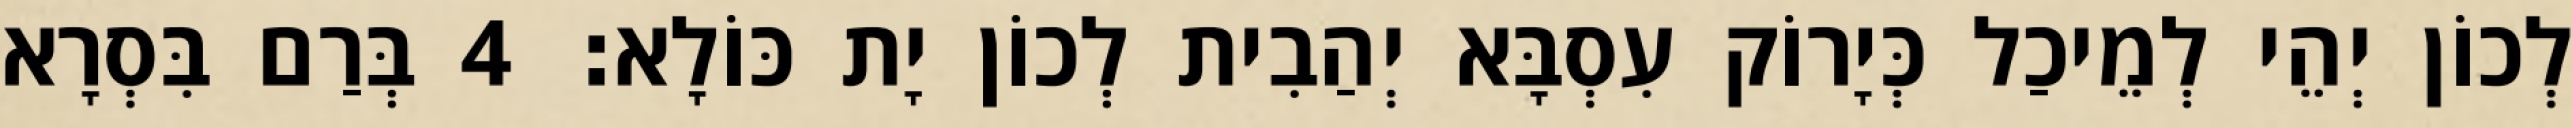
לְכוֹן יְהֵי לְמֵיכַל כְּיָרוֹק עִסְבָּא יְהַבִית לְכוֹן יָת כּוֹלָא׃ 4 בְּרַם בִּסְרָא